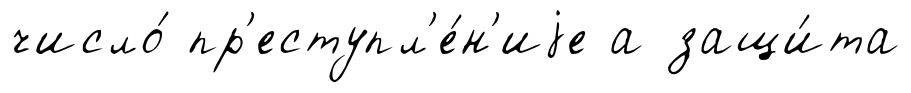
число́ пр'еступл'е́н'иjе а защи́та